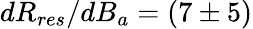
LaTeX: dR_{res}/dB_{a}=(7\pm 5)